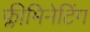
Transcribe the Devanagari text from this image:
फ्लीमिनेटिंग